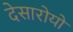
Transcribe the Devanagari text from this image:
देसारोयो